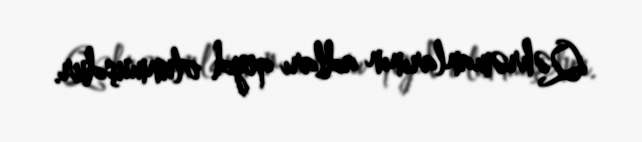
Qəhrəmanlarının adları qeyd olunmuşdur.